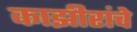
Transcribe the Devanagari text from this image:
काझीरांचे